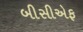
બીસીએફ